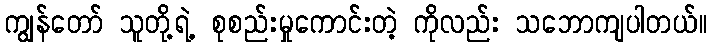
ကျွန်တော် သူတို့ရဲ့ စုစည်းမှုကောင်းတဲ့ ကိုလည်း သဘောကျပါတယ်။